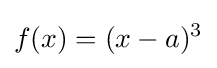
f(x)=(x-a)^{3}